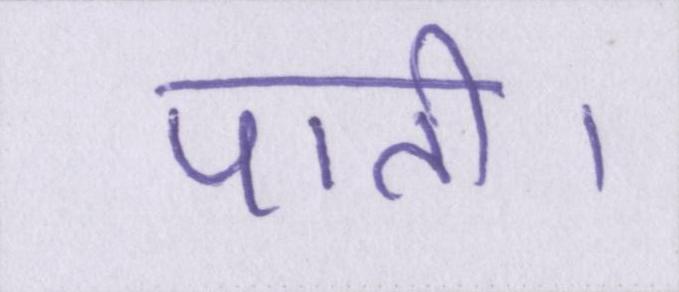
पाती।